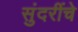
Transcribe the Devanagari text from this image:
सुंदरींचे